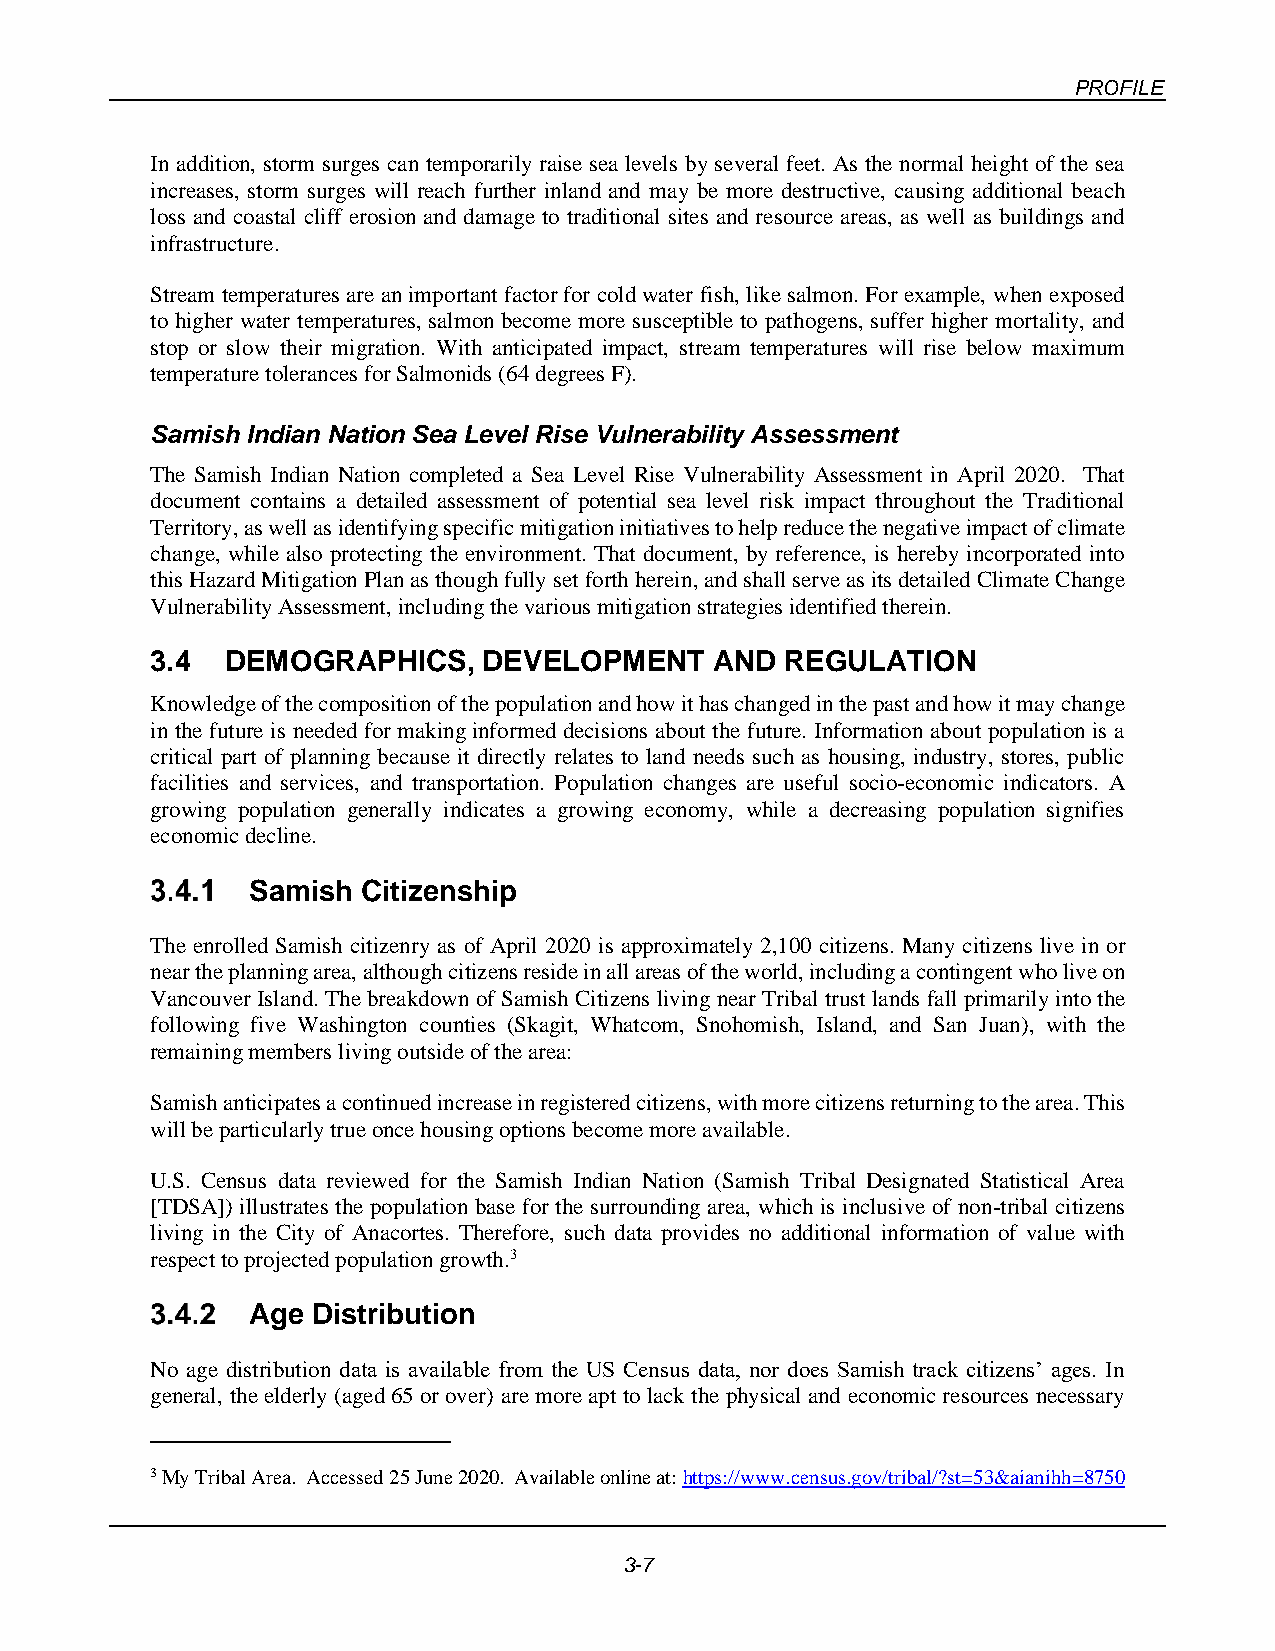
PROFILE
 In addition, storm surges can temporarily raise sea levels by several feet. As the normal height of the sea
 increases, storm surges will reach further inland and may be more destructive, causing additional beach
 loss and coastal cliff erosion and damage to traditional sites and resource areas, as well as buildings and
 infrastructure.
 Stream temperatures are an important factor for cold water fish, like salmon. For example, when exposed
 to higher water temperatures, salmon become more susceptible to pathogens, suffer higher mortality, and
 stop or slow their migration. With anticipated impact, stream temperatures will rise below maximum
 temperature tolerances for Salmonids (64 degrees F).
 Samish Indian Nation Sea Level Rise Vulnerability Assessment
 The Samish Indian Nation completed a Sea Level Rise Vulnerability Assessment in April 2020. That
 document contains a detailed assessment of potential sea level risk impact throughout the Traditional
 Territory, as well as identifying specific mitigation initiatives to help reduce the negative impact of climate
 change, while also protecting the environment. That document, by reference, is hereby incorporated into
 this Hazard Mitigation Plan as though fully set forth herein, and shall serve as its detailed Climate Change
 Vulnerability Assessment, including the various mitigation strategies identified therein.
 3.4  DEMOGRAPHICS,    DEVELOPMENT    AND  REGULATION
 Knowledge of the composition of the population and how it has changed in the past and how it may change
 in the future is needed for making informed decisions about the future. Information about population is a
 critical part of planning because it directly relates to land needs such as housing, industry, stores, public
 facilities and services, and transportation. Population changes are useful socio-economic indicators. A
 growing population generally indicates a growing economy, while a decreasing population signifies
 economic decline.
 Samish Citizenship
 The enrolled Samish citizenry as of April 2020 is approximately 2,100 citizens. Many citizens live in or
 near the planning area, although citizens reside in all areas of the world, including a contingent who live on
 Vancouver Island. The breakdown of Samish Citizens living near Tribal trust lands fall primarily into the
 following five Washington counties (Skagit, Whatcom, Snohomish, Island, and San Juan), with the
 remaining members living outside of the area:
 Samish anticipates a continued increase in registered citizens, with more citizens returning to the area. This
 will be particularly true once housing options become more available.
 U.S. Census data reviewed for the Samish Indian Nation (Samish Tribal Designated Statistical Area
 [TDSA]) illustrates the population base for the surrounding area, which is inclusive of non-tribal citizens
 living in the City of Anacortes. Therefore, such data provides no additional information of value with
 respect to projected population growth.3
 Age Distribution
 No age distribution data is available from the US Census data, nor does Samish track citizens’ ages. In
 general, the elderly (aged 65 or over) are more apt to lack the physical and economic resources necessary
 3 My Tribal Area. Accessed 25 June 2020. Available online at: https://www.census.gov/tribal/?st=53&aianihh=8750
 3-7